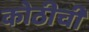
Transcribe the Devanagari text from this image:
कोठीची